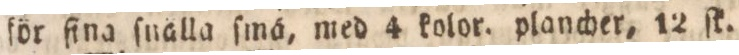
för fina ſnälla ſmä, med 4 kolor. plancher, 12 ſk.